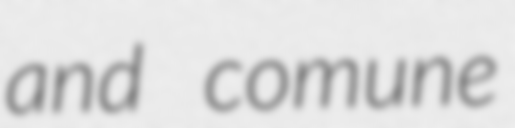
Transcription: and comune